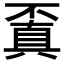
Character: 𠁒